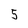
Character: 5